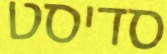
סדיסט